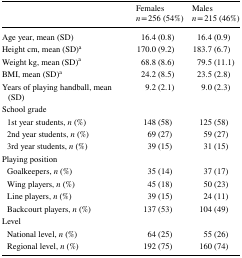
<table><thead><tr><td></td><td><b>Females<i>n</i> = 256 (54%)</b></td><td><b>Males<i>n</i> = 215 (46%)</b></td></tr></thead><tbody><tr><td>Age year, mean (SD)</td><td>16.4 (0.8)</td><td>16.4 (0.9)</td></tr><tr><td>Height cm, mean (SD)<sup>a</sup></td><td>170.0 (9.2)</td><td>183.7 (6.7)</td></tr><tr><td>Weight kg, mean (SD)<sup>a</sup></td><td>68.8 (8.6)</td><td>79.5 (11.1)</td></tr><tr><td>BMI, mean (SD)<sup>a</sup></td><td>24.2 (8.5)</td><td>23.5 (2.8)</td></tr><tr><td>Years of playing handball, mean (SD)</td><td>9.2 (2.1)</td><td>9.0 (2.3)</td></tr><tr><td colspan="3">School grade</td></tr><tr><td> 1st year students, <i>n</i> (%)</td><td>148 (58)</td><td>125 (58)</td></tr><tr><td> 2nd year students, <i>n</i> (%)</td><td>69 (27)</td><td>59 (27)</td></tr><tr><td> 3rd year students, <i>n</i> (%)</td><td>39 (15)</td><td>31 (15)</td></tr><tr><td colspan="3">Playing position</td></tr><tr><td> Goalkeepers, <i>n</i> (%)</td><td>35 (14)</td><td>37 (17)</td></tr><tr><td> Wing players, <i>n</i> (%)</td><td>45 (18)</td><td>50 (23)</td></tr><tr><td> Line players, <i>n</i> (%)</td><td>39 (15)</td><td>24 (11)</td></tr><tr><td> Backcourt players, <i>n</i> (%)</td><td>137 (53)</td><td>104 (49)</td></tr><tr><td colspan="3">Level</td></tr><tr><td> National level, <i>n</i> (%)</td><td>64 (25)</td><td>55 (26)</td></tr><tr><td> Regional level, <i>n</i> (%)</td><td>192 (75)</td><td>160 (74)</td></tr></tbody></table>